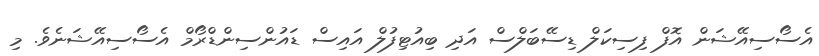
އެސޯސިއޭޝަން އޮފް ފިސިކަލް ޑިސޭބަލްސް އަދި ބިއުޓިފުލް އައިސް ޑައުންސިންޑްރޯމް އެސޯސިއޭޝަނެވެ. މި